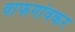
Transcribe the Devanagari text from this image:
वाफगांवकर